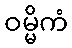
ဝမ္မိကံ